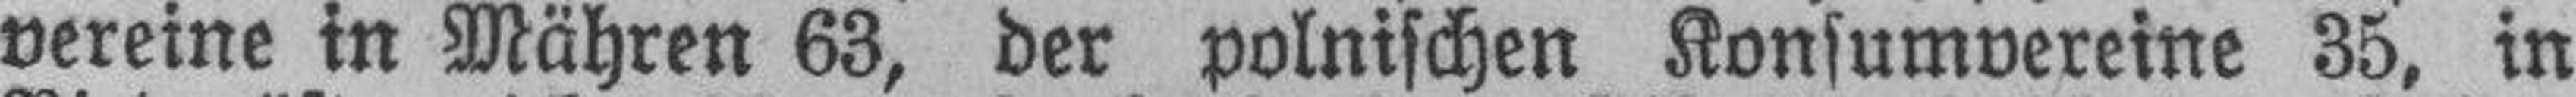
vereine in Mähren 63, der polnischen Konsumvereine 35, in